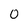
Character: o